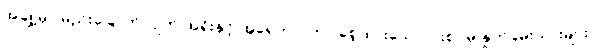
အချို့မှာ မည်းခြောက်လျက် အရိုးနှင့် အရေကပ် ကာ စေ့ထားသော ပါးစပ်မှ နှုတ်ခမ်းသားများ